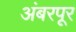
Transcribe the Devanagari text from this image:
अंबरपूर